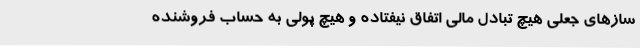
سازهای جعلی هیچ تبادل مالی اتفاق نیفتاده و هیچ پولی به حساب فروشنده